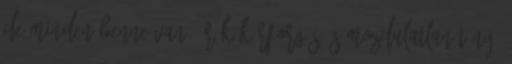
de minden benne van. Örök körforgás és mozdulatlan tény.